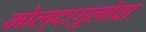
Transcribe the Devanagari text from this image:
मोल्दागुलोवा